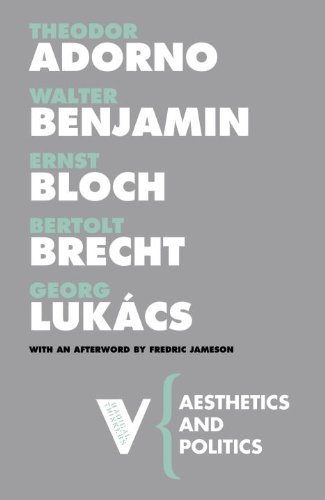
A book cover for Aesthetics and Politics (Radical Thinkers); Theodor Adorno; Politics & Social Sciences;